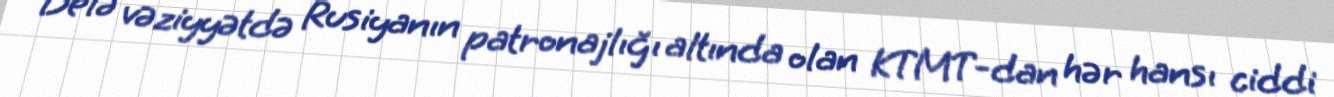
Belə vəziyyətdə Rusiyanın patronajlığı altında olan KTMT-dan hər hansı ciddi